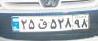
۲۵ق۵۲۸۹۸